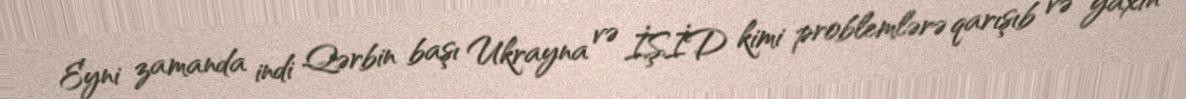
Eyni zamanda indi Qərbin başı Ukrayna və İŞİD kimi problemlərə qarışıb və yaxın